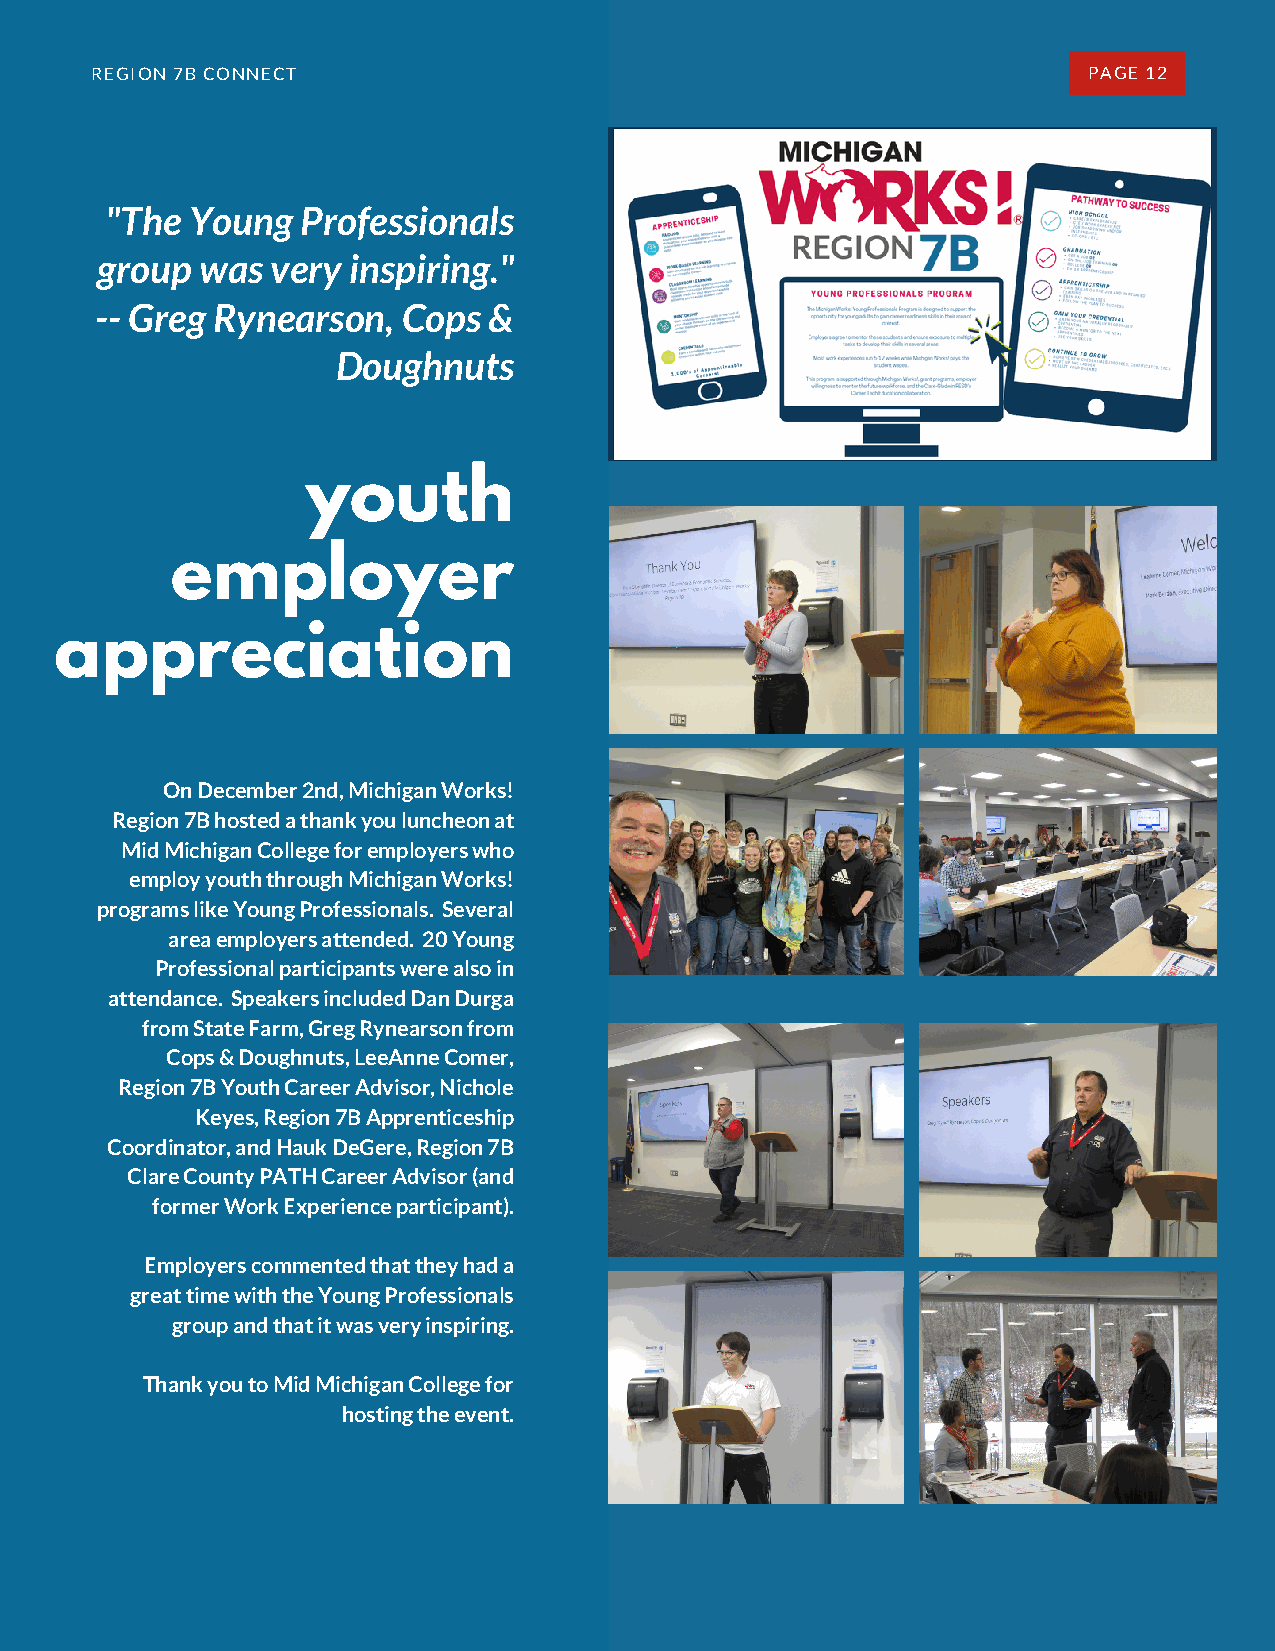
REGION 7B CONNECT                                                 PAGE 12
 "The Young   Professionals
 group  was  very inspiring."
 -- Greg Rynearson,   Cops &
 Doughnuts
 youth
 employer
 appreciation
 On December 2nd, Michigan Works!
 Region 7B hosted a thank you luncheon at
 Mid Michigan College for employers who
 employ youth through Michigan Works!
 programs like Young Professionals. Several
 area employers attended. 20 Young
 Professional participants were also in
 attendance. Speakers included Dan Durga
 from State Farm, Greg Rynearson from
 Cops & Doughnuts, LeeAnne Comer,
 Region 7B Youth Career Advisor, Nichole
 Keyes, Region 7B Apprenticeship
 Coordinator, and Hauk DeGere, Region 7B
 Clare County PATH Career Advisor (and
 former Work Experience participant).
 Employers commented that they had a
 great time with the Young Professionals
 group and that it was very inspiring.
 Thank you to Mid Michigan College for
 hosting the event.